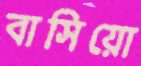
বাসিয়ো